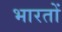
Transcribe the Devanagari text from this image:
भारतों